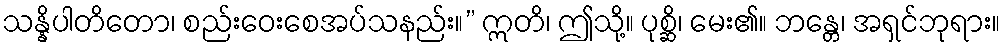
သန္နိပါတိတော၊ စည်းဝေးစေအပ်သနည်း။” ဣတိ၊ ဤသို့။ ပုစ္ဆိ၊ မေး၏။ ဘန္တေ၊ အရှင်ဘုရား။